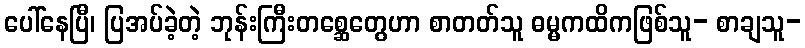
ပေါ်နေပြီ၊ ပြအပ်ခဲ့တဲ့ ဘုန်းကြီးတစ္ဆေတွေဟာ စာတတ်သူ ဓမ္မကထိကဖြစ်သူ- စာချသူ-